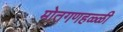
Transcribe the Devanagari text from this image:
मोतगणहळ्ळी